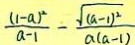
\frac { ( 1 - a ) ^ { 2 } } { a - 1 } - \frac { \sqrt { ( a - 1 ) ^ { 2 } } } { a ( a - 1 ) }